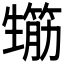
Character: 𤯸